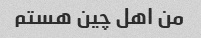
من اهل چین هستم